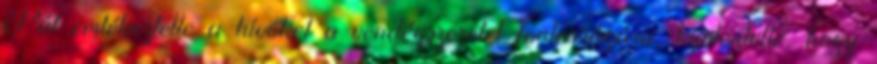
Pál emlékeztette a hívőket a vendégszeretet fontosságára, kijelentette, hogy